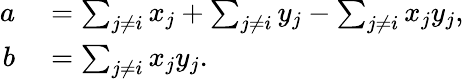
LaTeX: \begin{array}{rl}{a}&{{}=\sum_{j\neq i}x_{j}+\sum_{j\neq i}y_{j}-\sum_{j\neq i}x_{j}y_{j},}\\ {b}&{{}=\sum_{j\neq i}x_{j}y_{j}.}\end{array}